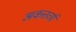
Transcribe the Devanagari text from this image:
अकत्तर्व्य